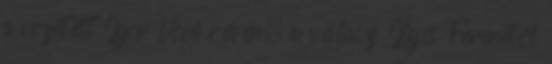
a vezetést Igor Vori révén, a válasz Ilyés Ferenctől